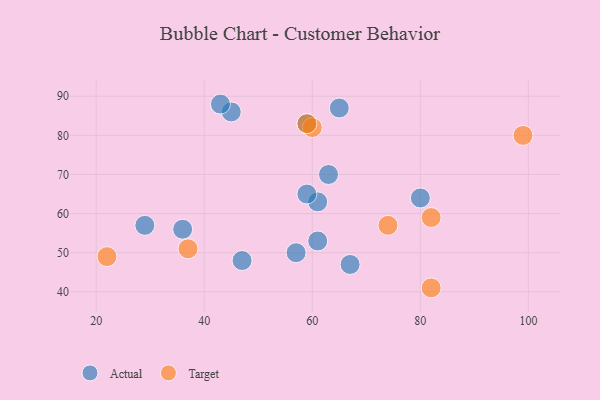
{"axis": {"x": "GDP", "y": "Life Expectancy"}, "legend": ["Actual", "Target"], "data": [{"x": "80", "y": 64, "type": "Actual"}, {"x": "45", "y": 86, "type": "Actual"}, {"x": "61", "y": 63, "type": "Actual"}, {"x": "57", "y": 50, "type": "Actual"}, {"x": "61", "y": 53, "type": "Actual"}, {"x": "63", "y": 70, "type": "Actual"}, {"x": "43", "y": 88, "type": "Actual"}, {"x": "59", "y": 83, "type": "Actual"}, {"x": "36", "y": 56, "type": "Actual"}, {"x": "59", "y": 65, "type": "Actual"}, {"x": "67", "y": 47, "type": "Actual"}, {"x": "29", "y": 57, "type": "Actual"}, {"x": "47", "y": 48, "type": "Actual"}, {"x": "65", "y": 87, "type": "Actual"}, {"x": "60", "y": 82, "type": "Target"}, {"x": "82", "y": 59, "type": "Target"}, {"x": "99", "y": 80, "type": "Target"}, {"x": "59", "y": 83, "type": "Target"}, {"x": "82", "y": 41, "type": "Target"}, {"x": "74", "y": 57, "type": "Target"}, {"x": "37", "y": 51, "type": "Target"}, {"x": "22", "y": 49, "type": "Target"}]}